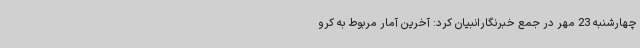
چهارشنبه 23 مهر در جمع خبرنگارانبیان کرد: آخرین آمار مربوط به کرو